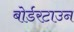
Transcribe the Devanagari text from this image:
बोर्डरटाउन